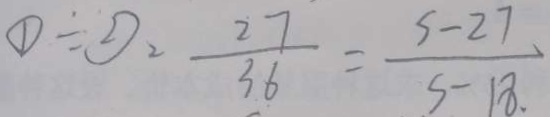
\textcircled { 1 } \div \textcircled { 2 } = \frac { 2 7 } { 3 6 } = \frac { s - 2 7 } { s - 1 8 . }